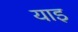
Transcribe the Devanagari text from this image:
याइ